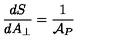
{ \frac { d S } { d A _ { \perp } } } = { \frac { 1 } { { \cal A } _ { P } } }